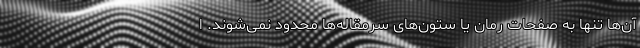
آن‌ها تنها به صفحات رمان یا ستون‌های سرمقاله‌ها محدود نمی‌شوند. ا